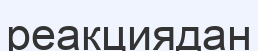
реакциядан